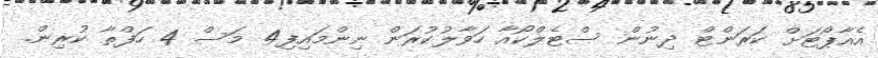
އެއާޕޯޓަށް ކަރަންޓް ދިނުން ސްޓެލްކޯއާ ހަވާލުކުރަން ނިންމައިފި4 މަސް 4 ހަފްތާ ކުރިން.